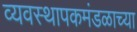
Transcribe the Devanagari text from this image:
व्यवस्थापकमंडळाच्या